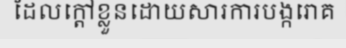
ដែលក្តៅខ្លួនដោយសារការបង្ករោគ